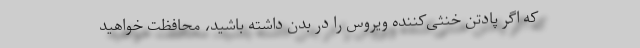
که اگر پادتن خنثی‌کننده ویروس را در بدن داشته باشید، محافظت خواهید